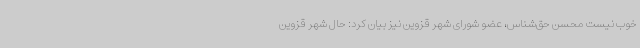
خوب نیست محسن حق‌شناس، عضو شورای شهر قزوین نیز بیان کرد: حال شهر قزوین